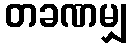
တခဏမျှ